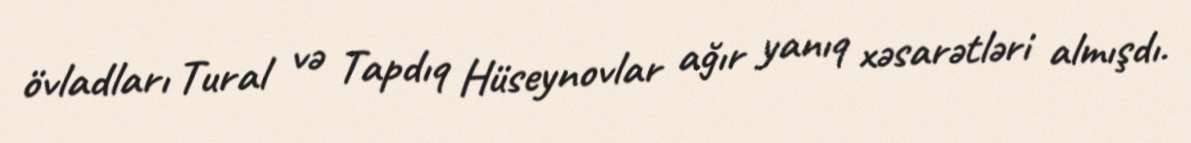
övladları Tural və Tapdıq Hüseynovlar ağır yanıq xəsarətləri almışdı.